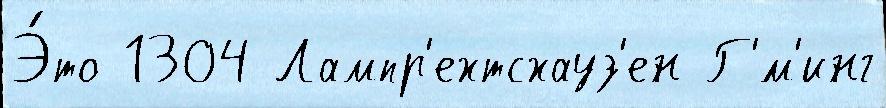
Э́то 1304 Лампр'ехтсхауз'ен Г'́м'инг